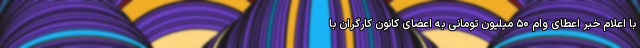
با اعلام خبر اعطای وام ۵۰ میلیون تومانی به اعضای کانون کارگران با